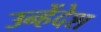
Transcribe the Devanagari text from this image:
उन्हेंदेश